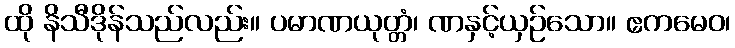
ထို နိသီဒိုန်သည်လည်း။ ပမာဏယုတ္တံ၊ ဏနှင့်ယှဉ်သော။ ဧကမေဝ၊